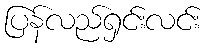
ပြန်လည်ရှင်းလင်း